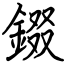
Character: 錣